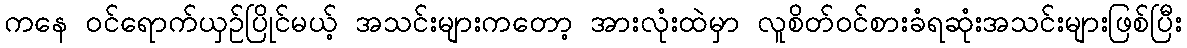
ကနေ ဝင်ရောက်ယှဉ်ပြိုင်မယ့် အသင်းများကတော့ အားလုံးထဲမှာ လူစိတ်ဝင်စားခံရဆုံးအသင်းများဖြစ်ပြီး